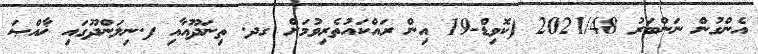
އެންގުން ނަންބަރު 2021/48 (ކޮވިޑް-19 އިން ރައްކައުތެރިވުމަށް ގދ. ތިނަދޫއާއި ފ.ނިލަންދޫގައި ޚާއްޞަ